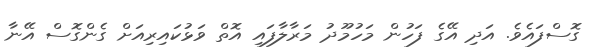
ގޮސްފައެވެ. އަދި އޭގެ ފަހުން މަހުމޫދު މަރާލާފައި އޮތް ވަޅުކައިރިއަށް ގެންގޮސް އޭނާ